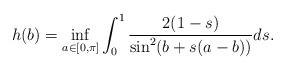
LaTeX: \begin{align*}h(b)=\inf_{a\in[0,\pi]}\int_{0}^{1}\frac{2(1-s)}{\sin^{2}(b+s(a-b))}ds. \end{align*}